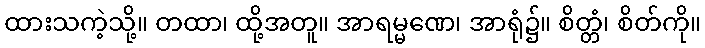
ထားသကဲ့သို့။ တထာ၊ ထို့အတူ။ အာရမ္မဏေ၊ အာရုံ၌။ စိတ္တံ၊ စိတ်ကို။